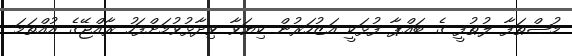
މުޞްޠަފާ ލުޠުފީ ގެ ބައްޕާ ފުޅަކީ އަޒުހަރުން ކިޔަވާ ވިދާޅުވުމަށްފަހު ރާއްޖޭގެ އުއްތަމަ